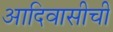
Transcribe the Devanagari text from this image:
आदिवासीची